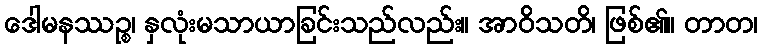
ဒေါမနဿဉ္စ၊ နှလုံးမသာယာခြင်းသည်လည်း။ အာဝိသတိ၊ ဖြစ်၏။ တာတ၊